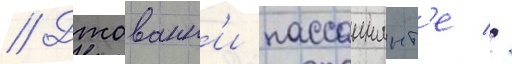
// Джованн'и пассаннант'е //